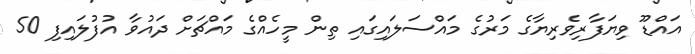
އައްޑޫ ވިޔަފާރިވެރިޔާގެ މަރުގެ މައްސަލައިގައި ތިން މީހެއްގެ މައްޗަށް ދައުވާ އުފުލައިފި 50